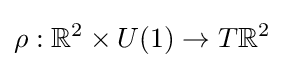
\rho :\mathbb {R} ^{2}\times U(1)\to T\mathbb {R} ^{2}